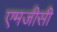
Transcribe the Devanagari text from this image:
एमजीसी